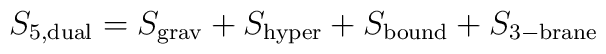
S_{\rm 5,dual}=S_{\rm grav}+S_{\rm hyper}+S_{\rm bound}+S_{\rm 3-brane}